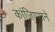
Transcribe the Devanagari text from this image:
कांजिण्याने